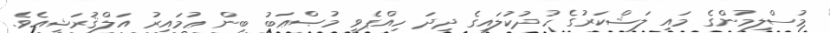
މުސްލިމުންގެ މައި ލަޝްކަރުގެ ހުދުކުލައިގެ ދިދަ ހިއްޕެވީ މުޞްޢަބު ބިން ޢުމައިރު އަލްޤުރަޝީއެވެ.